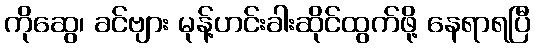
ကိုဆွေ၊ ခင်ဗျား မုန့်ဟင်းခါးဆိုင်ထွက်ဖို့ နေရာရပြီ